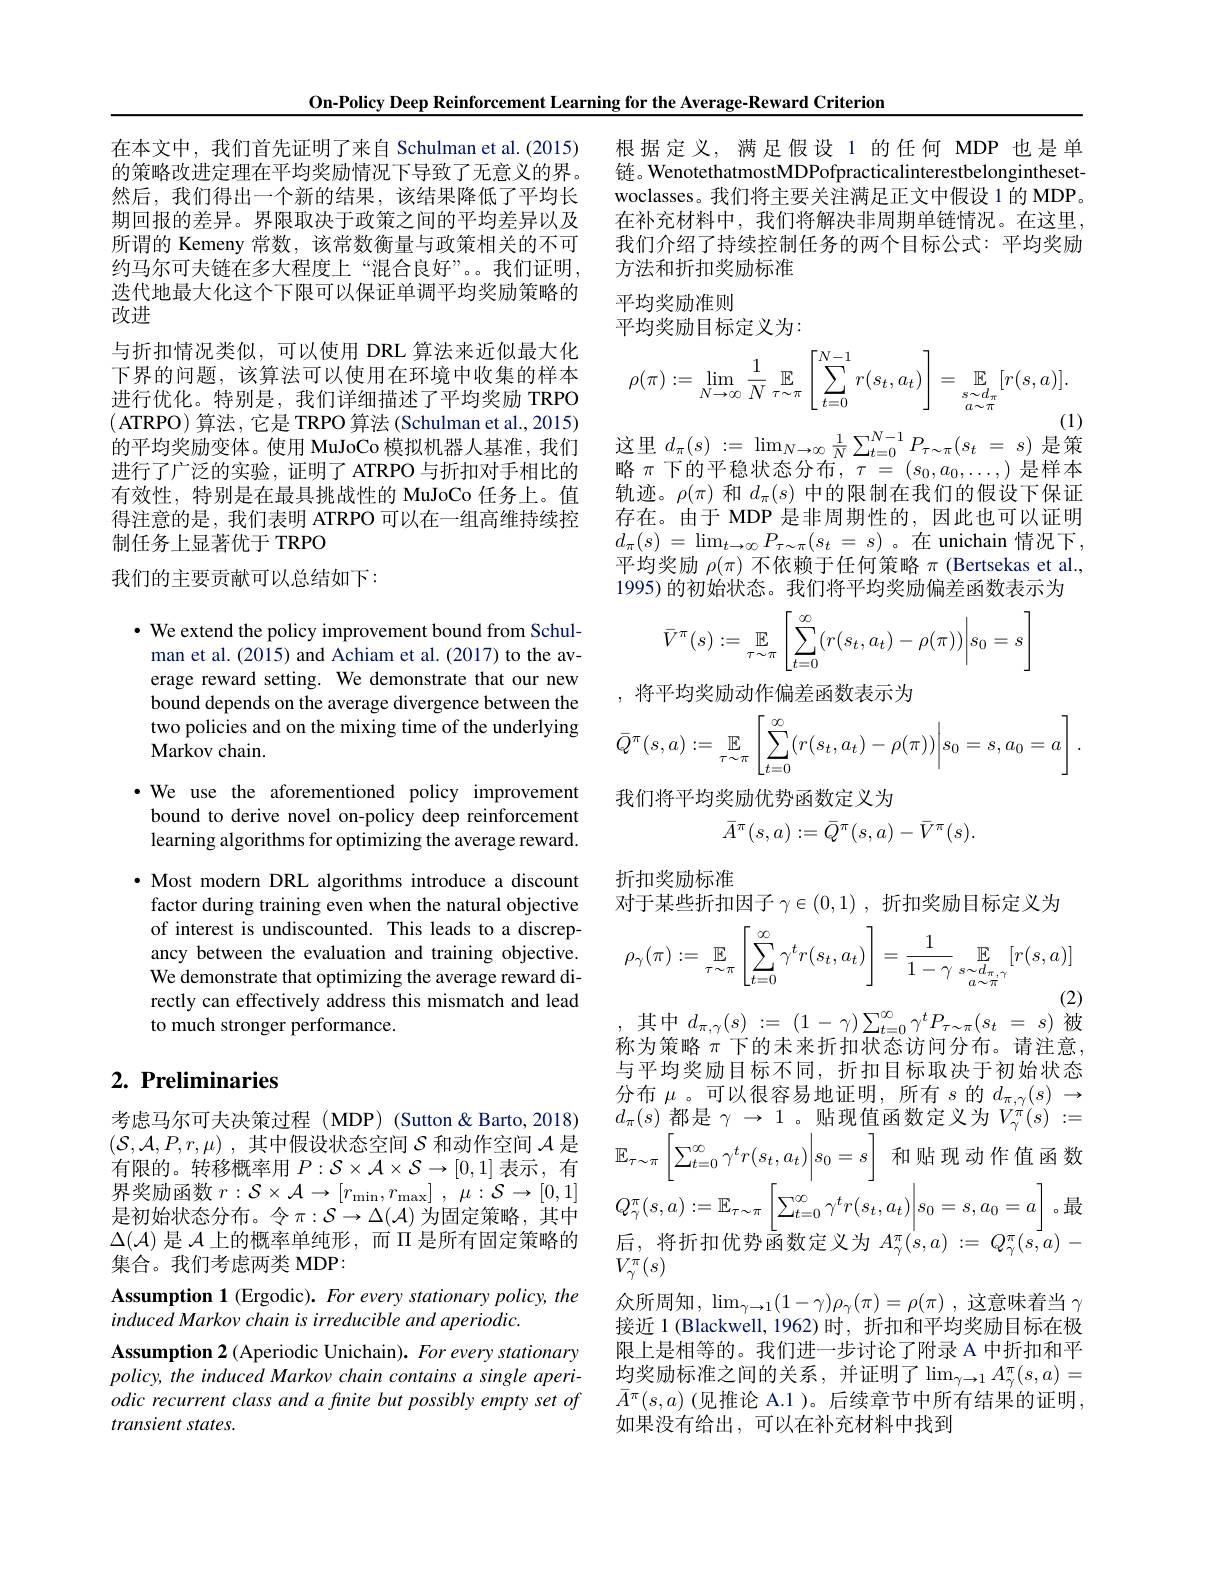
On-Policy Deep Reinforcement Learning for the Average-Reward Criterion

在本文中，我们首先证明了来自 Schulman et al.(2015) 的策略改进定理在平均奖励情况下导致了无意义的界。然后，我们得出一个新的结果，该结果降低了平均长期回报的差异。界限取决于政策之间的平均差异以及所谓的 Kemeny 常数，该常数衡量与政策相关的不可约马尔可夫链在多大程度上“混合良好”。。我们证明， 迭代地最大化这个下限可以保证单调平均奖励策略的改进
与折扣情况类似，可以使用 DRL 算法来近似最大化下界的问题，该算法可以使用在环境中收集的样本进行优化。特别是，我们详细描述了平均奖励 TRPO (ATRPO)算法，它是 TRPO 算法(Schulman et al., 2015) 的平均奖励变体。使用 MuJoCo 模拟机器人基准，我们进行了广泛的实验，证明了 ATRPO 与折扣对手相比的有效性，特别是在最具挑战性的 MuJoCo 任务上。值得注意的是，我们表明 ATRPO 可以在一组高维持续控制任务上显著优于 TRPO
我们的主要贡献可以总结如下：

$\cdot$ We extend the policy improvement bound from Schulman et al. (2015) and Achiam et al. (2017) to the average reward setting. We demonstrate that our new bound depends on the average divergence between the two policies and on the mixing time of the underlying Markov chain.
·We use the aforementioned policy improvement bound to derive novel on-policy deep reinforcement learning algorithms for optimizing the average reward. $\bullet$ Most modern DRL algorithms introduce a discount factor during training even when the natural objective of interest is undiscounted. This leads to a discrepancy between the evaluation and training objective. We demonstrate that optimizing the average reward directly can effectively address this mismatch and lead to much stronger performance.

# 2. Preliminaries

考虑马尔可夫决策过程 (MDP) (Sutton&Barto,2018) $( \mathcal{S} , \mathcal{A} , P, r, \mu )$ ,其中假设状态空间$\mathcal{S}$和动作空间$\mathcal{A}$是有限的。转移概率用$P:\mathcal{S}\times\mathcal{A}\times\mathcal{S}\to[0,1]$表示 , 有界奖励函数$r: \mathcal{S} \times \mathcal{A} \to [ r_{\mathrm{min}}, r_{\mathrm{max}}]$ , $\mu : \mathcal{S} \to [ 0, 1]$ 是初始状态分布。令$\pi:\mathcal{S}\to\Delta(\mathcal{A})$为固定策略，其中$\Delta(\mathcal{A})$是$\mathcal{A}$上的概率单纯形，而$\Pi$是所有固定策略的集合。我们考虑两类 MDP:
Assumption 1 (Ergodic). For every stationary policy, the
induced Markov chain is irreducible and aperiodic.
Assumption 2 ( Aperiodic Unichain). For every stationary policy, the induced Markov chain contains a single aperiodic recurrent class and a finite but possibly empty set of transient states.

根据定义，满足假设1的任何 MDP 也是单链。WenotethatmostMDPofpracticalinterestbelonginthesetwoclasses。我们将主要关注满足正文中假设 1 的 MDP。在补充材料中，我们将解决非周期单链情况。在这里， 我们介绍了持续控制任务的两个目标公式：平均奖励方法和折扣奖励标准
平均奖励准则
平均奖励目标定义为：
$$\rho(\pi):=\lim\limits_{N\to\infty}\frac{1}{N}\:\mathbb{E}\limits_{\tau\sim\pi}\left[\sum\limits_{t=0}^{N-1}r(s_t,a_t)\right]=\underset{s\sim d_\pi}{\mathbb{E}}[r(s,a)].$$
这里$d_\pi(s):=\operatorname*{lim}_{N\to\infty}\frac1N\sum_{t=0}^{N-1}P_{\tau\sim\pi}(s_t=s)$是策

略$\pi$下的平稳状态分布$,\tau=(s_0,a_0,\ldots,)$是样本轨迹。$\rho(\pi)$和$d_\pi(s)$中的限制在我们的假设下保证存在。由于 MDP 是非周期性的，因此也可以证明$d_{\pi }( s)$ $= \operatorname* { lim} _{t\to \infty }P_{\tau \sim \pi }( s_{t}$ = $s)$。在 unichain 情况下， 平均奖励$\rho(\pi)$不依赖于任何策略$\pi$ (Bertsekas et al., 1995)的初始状态。我们将平均奖励偏差函数表示为
$$\bar{V}^\pi(s):=\underset{\tau\sim\pi}{\mathbb{E}}\left[\sum\limits_{t=0}^\infty(r(s_t,a_t)-\rho(\pi))\Big|s_0=s\right]$$
,将平均奖励动作偏差函数表示为
$$\bar{Q}^\pi(s,a):=\underset{\tau\sim\pi}{\mathbb{E}}\left[\sum\limits_{t=0}^\infty(r(s_t,a_t)-\rho(\pi))\Big|s_0=s,a_0=a\right].$$
我们将平均奖励优势函数定义为
$$\bar A^\pi(s,a):=\bar Q^\pi(s,a)-\bar V^\pi(s).$$
折扣奖励标准
对于某些折扣因子$\gamma\in(0,1)$ ,折扣奖励目标定义为
$$\rho_{\gamma}(\pi):=\mathbb{E}_{\tau\sim\pi}\left[\sum_{t=0}^{\infty}\gamma^{t}r(s_{t},a_{t})\right]=\frac{1}{1-\gamma}\underset{s\sim d_{\pi,\gamma}}{\mathbb{E}}_{a\sim\pi}[r(s,a)]$$
其中$d_\pi , \gamma ( s) : = ( 1- \gamma ) \sum _{t= 0}^\infty \gamma ^tP_{\tau \sim \pi }( s_t$ = $s)$被

称为策略$\pi$下的未来折扣状态访问分布。请注意， 与平均奖励目标不同，折扣目标取决于初始状态分布$\mu$。可以很容易地证明，所有$s$的$d_\pi,\gamma(s)\to$ $d_{\pi}(s)$都是$\gamma\rightarrow1$。贴现值函数定义为$V_\gamma^{\pi}(s):=$ $\mathbb{E}_{\tau\sim\pi}\left|\sum_{t=0}^{\infty}\gamma^{t}r(s_{t},a_{t})\right|s_{0}=s\left|\:\text{和贴现动作值函数}\right|$
$$Q_{\gamma}^{\pi}(s,a):=\mathbb{E}_{\tau\sim\pi}\left[\sum_{t=0}^{\infty}\gamma^{t}r(s_{t},a_{t})\bigg|s_{0}=s,a_{0}=a\right]\text{。最}$$
后，将折扣优势函数定义为$A_\gamma^\pi(s,a):=Q_\gamma^\pi(s,a)-$
$V_{\gamma}^{\pi}(s)$
众所周知$, \lim _\gamma \to 1( 1- \gamma ) \rho _\gamma ( \pi ) = \rho ( \pi )$ ,这意味着当 $\gamma$ 接近 1 (Blackwell, 1962)时，折扣和平均奖励目标在极限上是相等的。我们进一步讨论了附录 A 中折扣和平均奖励标准之间的关系，并证明了$\lim_\gamma\to1A_\gamma^\pi(s,a)=$ $\bar{A}^\pi(s,a)$(见推论 A.1 )。后续章节中所有结果的证明， 如果没有给出，可以在补充材料中找到